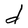
Character: d